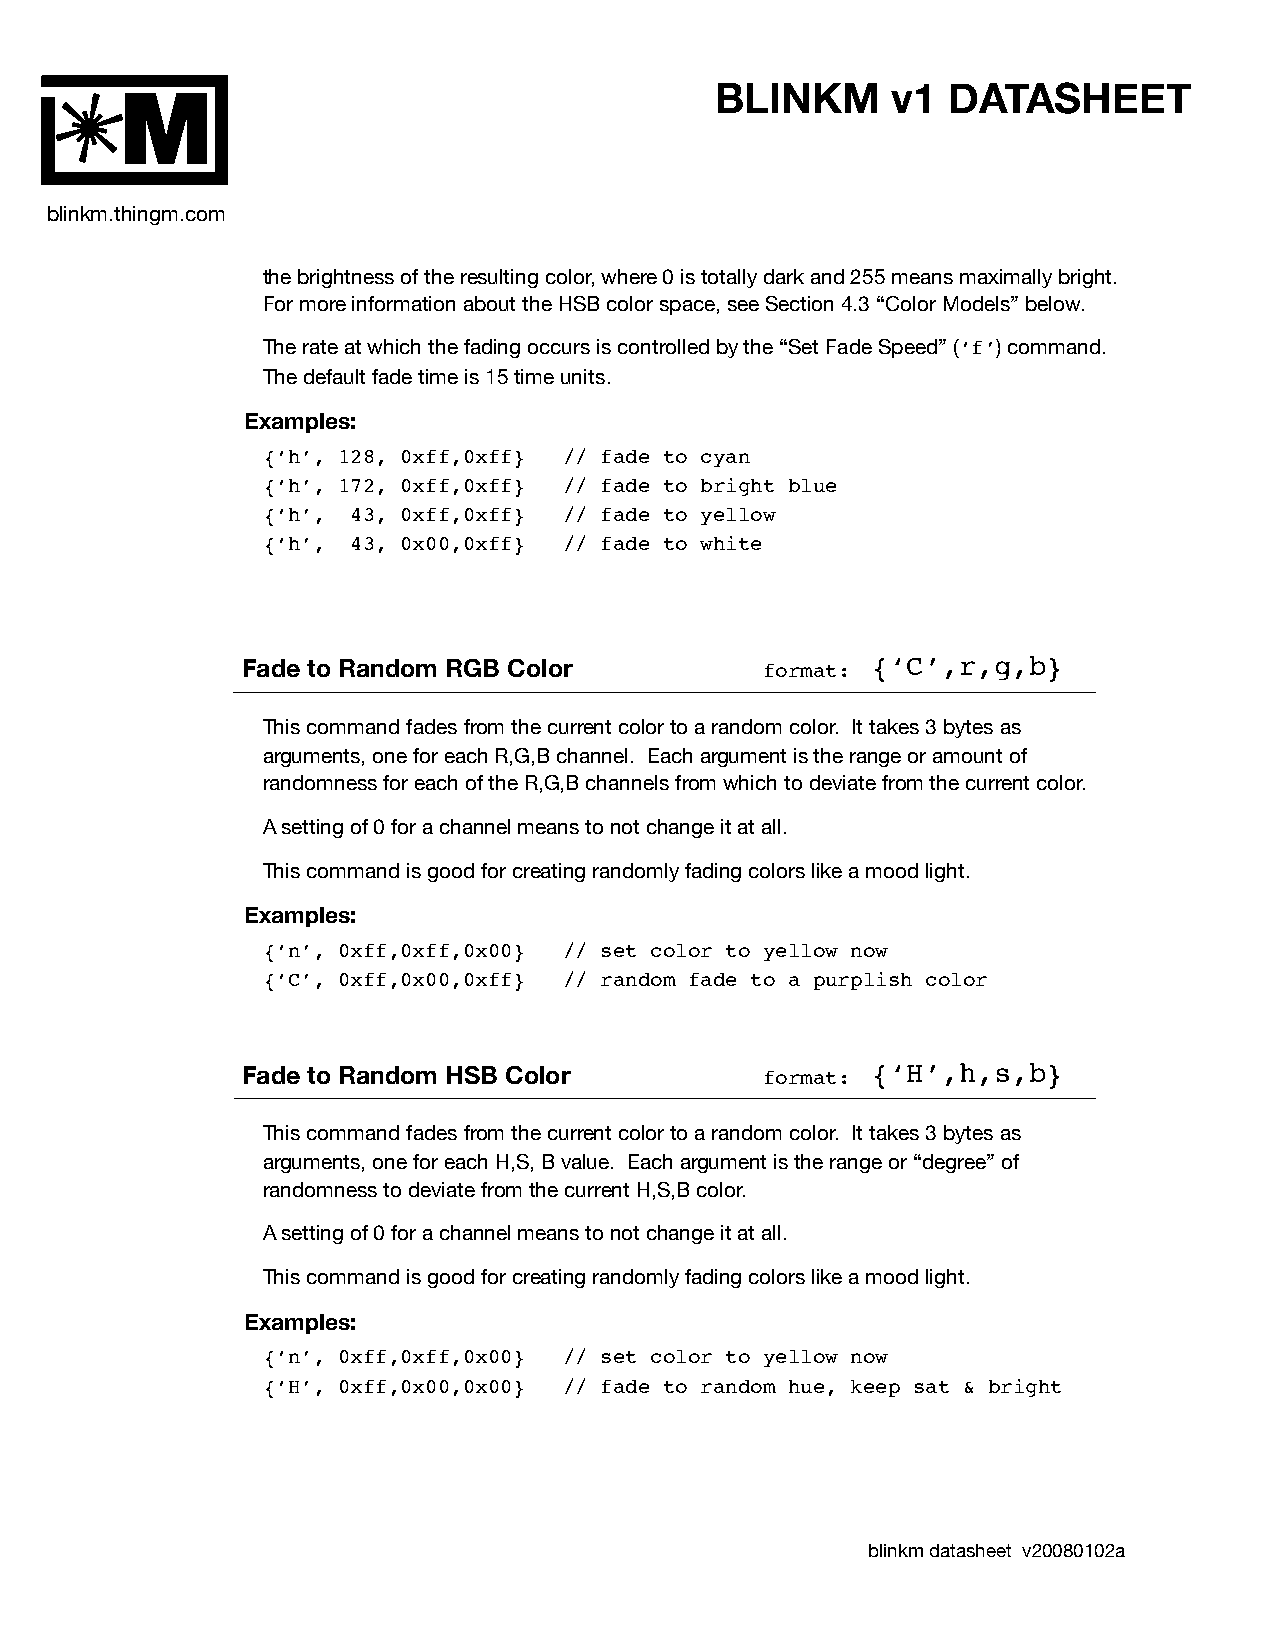
BLINKM      v1  DATASHEET
 M
 blinkm.thingm.com
 the brightness of the resulting color, where 0 is totally dark and 255 means maximally bright.
 For more information about the HSB color space, see Section 4.3 “Color Models” below.
 The rate at which the fading occurs is controlled by the “Set Fade Speed” (‘f’) command.
 The default fade time is 15 time units.
 Examples:
 {‘h’, 128, 0xff,0xff} // fade to cyan
 {‘h’, 172, 0xff,0xff} // fade to bright blue
 {‘h’, 43, 0xff,0xff} // fade to yellow
 {‘h’, 43, 0x00,0xff} // fade to white
 Fade to Random RGB Color          format: {‘C’,r,g,b}
 This command fades from the current color to a random color. It takes 3 bytes as
 arguments, one for each R,G,B channel. Each argument is the range or amount of
 randomness for each of the R,G,B channels from which to deviate from the current color.
 A setting of 0 for a channel means to not change it at all.
 This command is good for creating randomly fading colors like a mood light.
 Examples:
 {‘n’, 0xff,0xff,0x00} // set color to yellow now
 {‘C’, 0xff,0x00,0xff} // random fade to a purplish color
 Fade to Random HSB Color          format: {‘H’,h,s,b}
 This command fades from the current color to a random color. It takes 3 bytes as
 arguments, one for each H,S, B value. Each argument is the range or “degree” of
 randomness to deviate from the current H,S,B color.
 A setting of 0 for a channel means to not change it at all.
 This command is good for creating randomly fading colors like a mood light.
 Examples:
 {‘n’, 0xff,0xff,0x00} // set color to yellow now
 {‘H’, 0xff,0x00,0x00} // fade to random hue, keep sat & bright
 blinkm datasheet v20080102a